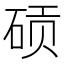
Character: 䂵